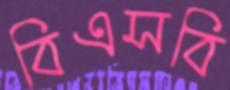
বিএসবি